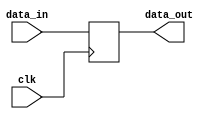
module flip_flop(
    input wire clk,
    input wire data_in,
    output reg data_out
);

always @(posedge clk) begin
    data_out <= data_in;
end

endmodule